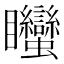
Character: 䂅